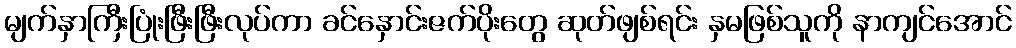
မျက်နှာကြီးပြုံးဖြီးဖြီးလုပ်ကာ ခင်နှောင်းဇက်ပိုးတွေ ဆုတ်ဖျစ်ရင်း နှမဖြစ်သူကို နာကျင်အောင်